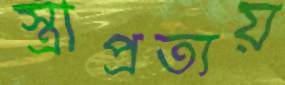
স্ত্রীপ্রত্যয়